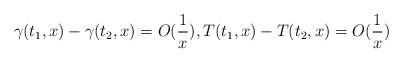
LaTeX: \begin{align*}\gamma(t_{1},x)-\gamma(t_{2},x) =O(\frac{1}{x}),T(t_{1},x)-T(t_{2},x) = O(\frac{1}{x})\end{align*}